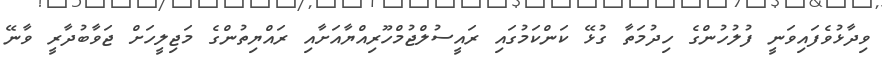
ވިދާޅުވެފައިވަނީ ފުލުހުންގެ ހިދުމަތާ ގުޅޭ ކަންކަމުގައި ރައީސުލްޖުމްހޫރިއްޔާއަށާއި ރައްޔިތުންގެ މަޖިލީހަށް ޖަވާބުދާރީ ވާނޭ